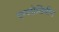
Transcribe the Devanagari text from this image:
एम्लोडिपीन